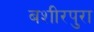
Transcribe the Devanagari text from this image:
बशीरपुरा